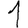
Digit: 1